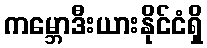
ကမ္ဘောဒီးယားနိုင်ငံရှိ